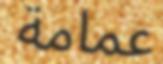
عمامة